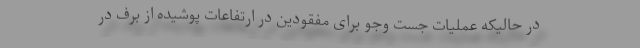
در حالیکه عملیات جست وجو برای مفقودین در ارتفاعات پوشیده از برف در